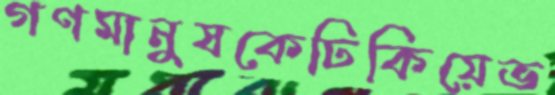
গণমানুষকেঢিকিয়েভ